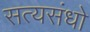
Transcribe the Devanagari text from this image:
सत्यसंधो